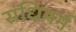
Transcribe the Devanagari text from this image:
संधिमर्म